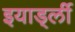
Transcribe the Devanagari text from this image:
इयार्ड्ली